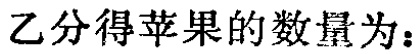
乙分得苹果的数量为：